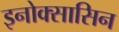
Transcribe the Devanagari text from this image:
इनोक्सासिन